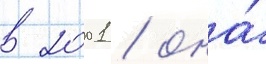
в 2001 / она́